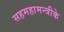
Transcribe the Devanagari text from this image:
सहमहामन्त्रीके